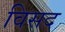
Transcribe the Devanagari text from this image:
विसद